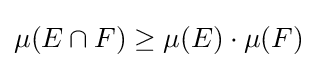
\mu (E\cap F)\geq \mu (E)\cdot \mu (F)